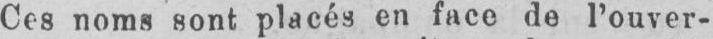
Ces noms sont placés en face de l’ouver-